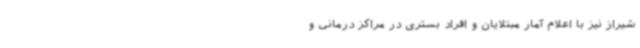
شیراز نیز با اعلام آمار مبتلایان و افراد بستری در مراکز درمانی و